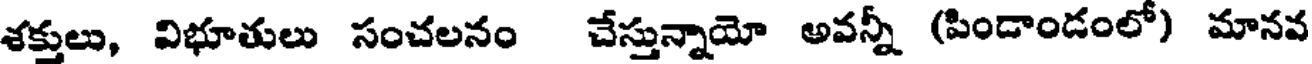
శక్తులు, విభూతులు సంచలనం చేస్తున్నాయో అవన్నీ (పిండాండంలో) మానవ